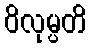
ဝိလုမ္ပတိ